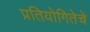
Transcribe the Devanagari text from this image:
प्रतियोगितेचे